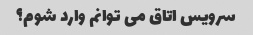
سرویس اتاق می توانم وارد شوم؟